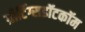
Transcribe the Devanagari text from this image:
ग्रीटिंग्सडॉटकॉम